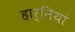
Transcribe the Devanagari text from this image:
हार्नियां